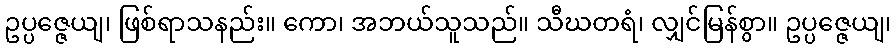
ဥပ္ပဇ္ဇေယျ၊ ဖြစ်ရာသနည်း။ ကော၊ အဘယ်သူသည်။ သီဃတရံ၊ လျှင်မြန်စွာ။ ဥပ္ပဇ္ဇေယျ၊